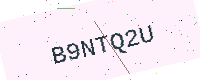
Text: B9NTQ2U